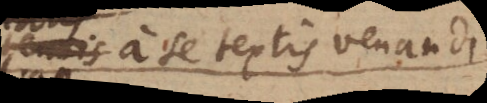
a se textis venandi